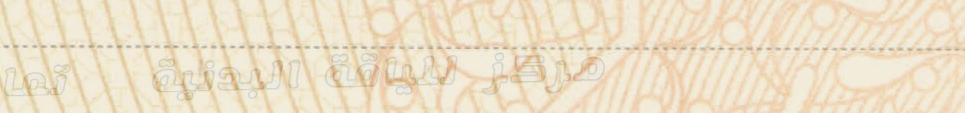
مركز للياقة البدنية   تما